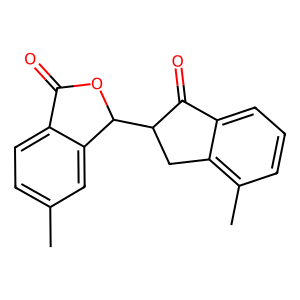
SMILES: Cc1ccc2c(c1)C(C1Cc3c(C)cccc3C1=O)OC2=O
Inhibits HIV replication: No